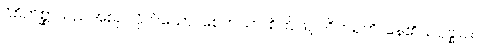
ဝိစိကိစ္ဆာသည်အစဉ်လိုက်သော။ စေတသာ၊ စိတ်ဖြင့်။ ဝိဟရတိ၊ နေ၏။ ဥပ္ပန္နာယ၊